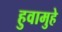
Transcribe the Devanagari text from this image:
हुवामुहे